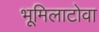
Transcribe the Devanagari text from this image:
भूमिलाटोवा